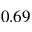
0 . 6 9